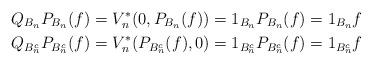
LaTeX: \begin{align*}Q_{B_n} P_{B_n}(f)&=V_n^*(0,P_{B_n}(f))=1_{B_n}P_{B_n}(f)=1_{B_n}f \\Q_{B_n^c} P_{B_n^c}(f)&=V_n^*(P_{B_n^c}(f),0)=1_{B_n^c}P_{B_n^c}(f)=1_{B_n^c}f \end{align*}